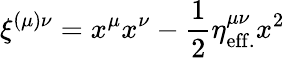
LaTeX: \xi^{(\mu)\nu}=x^{\mu}x^{\nu}-{\frac{1}{2}}\eta_{\mathrm{eff.}}^{\mu\nu}x^{2}